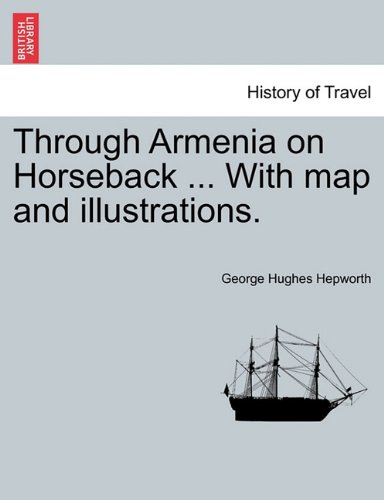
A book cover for Through Armenia on Horseback ... With map and illustrations.; George Hughes Hepworth; Travel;